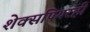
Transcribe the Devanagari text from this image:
शेक्सपियरही